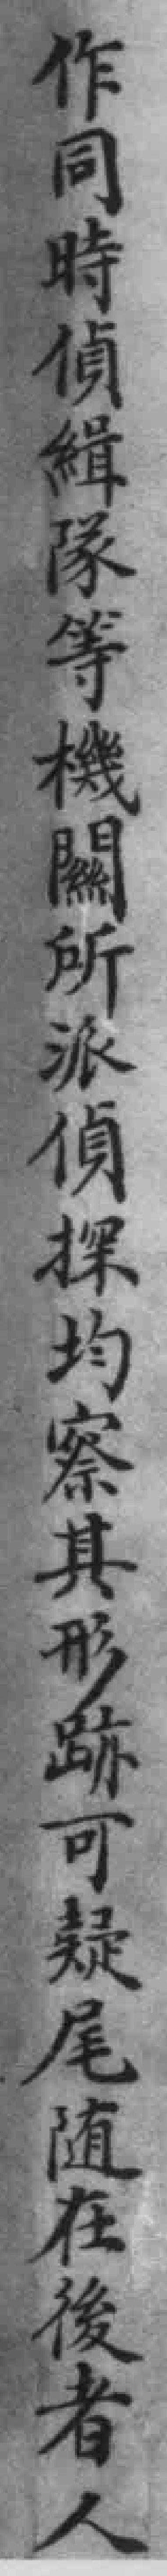
作同時偵緝隊等機關所派偵探均察其形跡可疑尾随在後者人